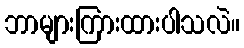
ဘာများကြားထားပါသလဲ။